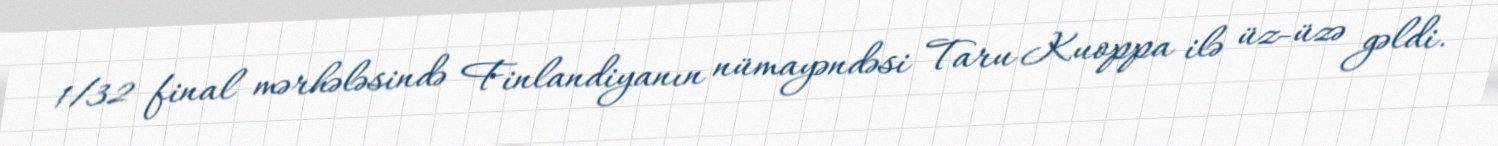
1/32 final mərhələsində Finlandiyanın nümayəndəsi Taru Kuoppa ilə üz-üzə gəldi.